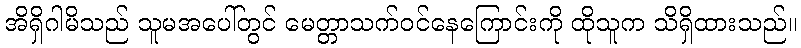
အိရှိဂါမိသည် သူမအပေါ်တွင် မေတ္တာသက်ဝင်နေကြောင်းကို ထိုသူက သိရှိထားသည်။